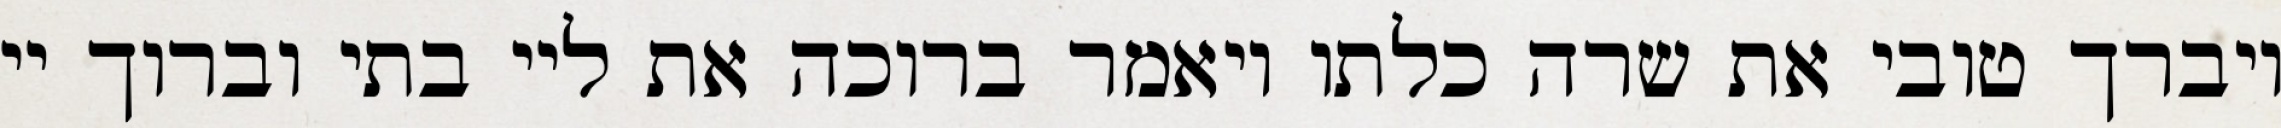
ויברך טובי את שרה כלתו ויאמר ברוכה את ליי בתי וברוך יי